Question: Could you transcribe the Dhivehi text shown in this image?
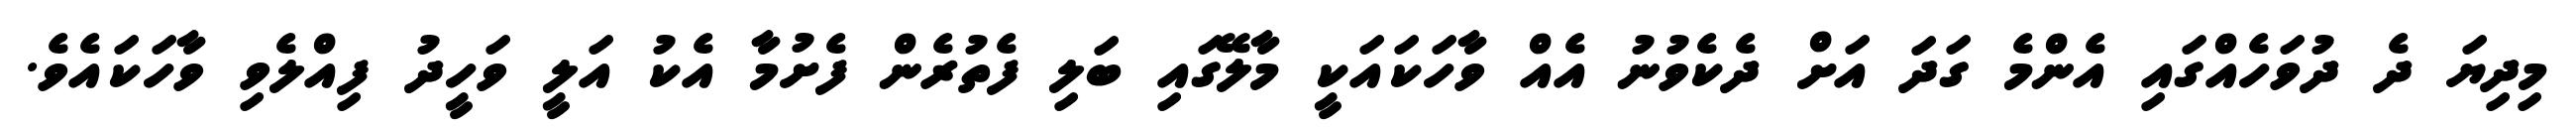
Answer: މިދިޔަ ދެ ދުވަހެއްގައި އެންމެ ގަދަ އަށް ދެކެވުނު އެއް ވާހަކައަކީ މާލޭގައި ބަލި ފެތުރެން ފެށުމާ އެކު އަލީ ވަހީދު ފިއްލެވި ވާހަކައެވެ.